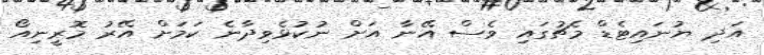
އަދި ޔުނައިޓެޑް މެޗުގައި ވެސް އޭނާ އަށް ނުކުޅެވިދާނެ ކަމަށް އޭރު މޮރީނިއޯ